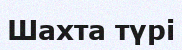
Шахта түрі